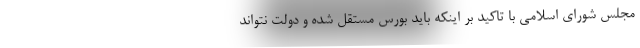
مجلس شورای اسلامی با تاکید بر اینکه باید بورس مستقل شده و دولت نتواند